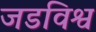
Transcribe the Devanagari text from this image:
जडविश्व